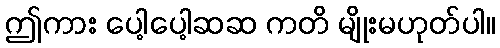
ဤကား ပေါ့ပေါ့ဆဆ ကတိ မျိုးမဟုတ်ပါ။